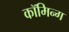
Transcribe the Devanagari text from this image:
कॉमिन्ग